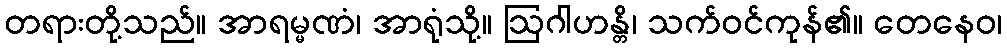
တရားတို့သည်။ အာရမ္မဏံ၊ အာရုံသို့။ ဩဂါဟန္တိ၊ သက်ဝင်ကုန်၏။ တေနေဝ၊